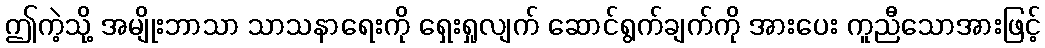
ဤကဲ့သို့ အမျိုးဘာသာ သာသနာရေးကို ရှေးရှုလျက် ဆောင်ရွက်ချက်ကို အားပေး ကူညီသောအားဖြင့်